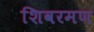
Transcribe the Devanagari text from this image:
शिवरमण